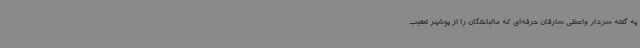
به گفته سردار واعظی سارقان حرفه‌ای که مالباختگان را از بوشهر تعقیب